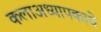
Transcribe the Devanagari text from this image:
कलाअध्यापकाचे